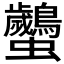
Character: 𧖠